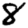
Digit: 8